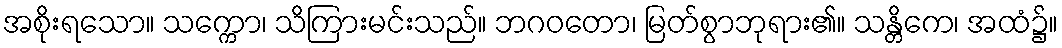
အစိုးရသော။ သက္ကော၊ သိကြားမင်းသည်။ ဘဂဝတော၊ မြတ်စွာဘုရား၏။ သန္တိကေ၊ အထံ၌။